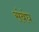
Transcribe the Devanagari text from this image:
संबंघ